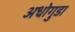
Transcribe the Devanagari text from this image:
अधोगुडा